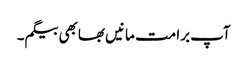
آپ برا مت مانیں بھابھی بیگم۔